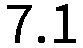
7.1